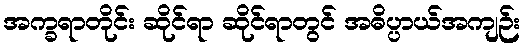
အက္ခရာတိုင်း ဆိုင်ရာ ဆိုင်ရာတွင် အဓိပ္ပာယ်အကျဉ်း